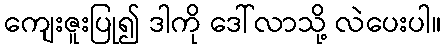
ကျေးဇူးပြု၍ ဒါကို ဒေါ်လာသို့ လဲပေးပါ။